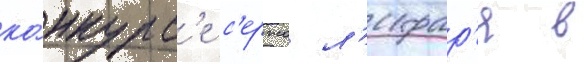
ко́нкурс'е с'ержа л'ифар'я в